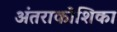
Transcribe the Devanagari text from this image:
अंतराकोशिका